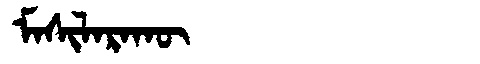
Manchu: ᠮᠠᠰᡳᠯᠠᡵᠠᡴᡡ
Romanization: MASILARAKŪ